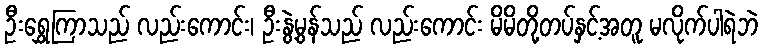
ဦးရွှေကြာသည် လည်းကောင်း၊ ဦးနွဲ့မွန်သည် လည်းကောင်း မိမိတို့တပ်နှင့်အတူ မလိုက်ပါရဲဘဲ